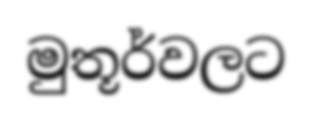
මුතූර්වලට